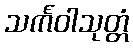
သင်္ကဝါသုတ္တံ